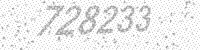
Solution: 728233